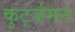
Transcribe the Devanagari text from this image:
कुर्ट्ज़मन